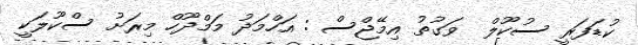
ކުޑަފަރީ ސުކޫލް  ވަގުތު އިމޭޖްސް : އަހްމަދު މަމްދޫހް މިރަށު ސްކޫލަކީ